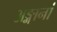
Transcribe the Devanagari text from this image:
अङ्गानां